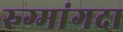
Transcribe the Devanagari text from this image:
रुग्मांगदा